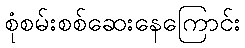
စုံစမ်းစစ်ဆေးနေကြောင်း